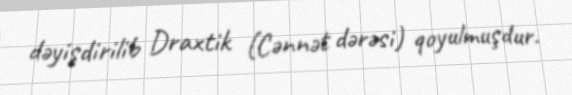
dəyişdirilib Draxtik (Cənnət dərəsi) qoyulmuşdur.